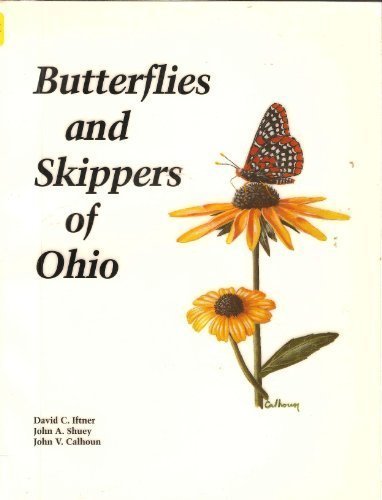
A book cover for Butterflies and Skippers of Ohio (Bulletin of the Ohio Biological Survey New Series); David C. Iftner; Sports & Outdoors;